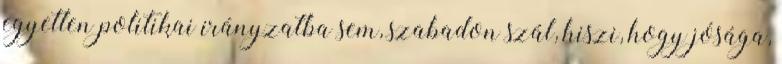
egyetlen politikai irányzatba sem, szabadon szál, hiszi, hogy jósága,